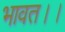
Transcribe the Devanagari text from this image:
भावत।।